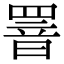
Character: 罯